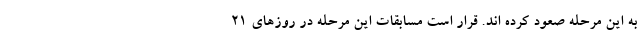
به این مرحله صعود کرده اند. قرار است مسابقات این مرحله در روزهای 21